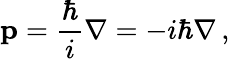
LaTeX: \mathbf{p}={\frac{\hbar}{i}}\nabla=-i\hbar\nabla\, ,